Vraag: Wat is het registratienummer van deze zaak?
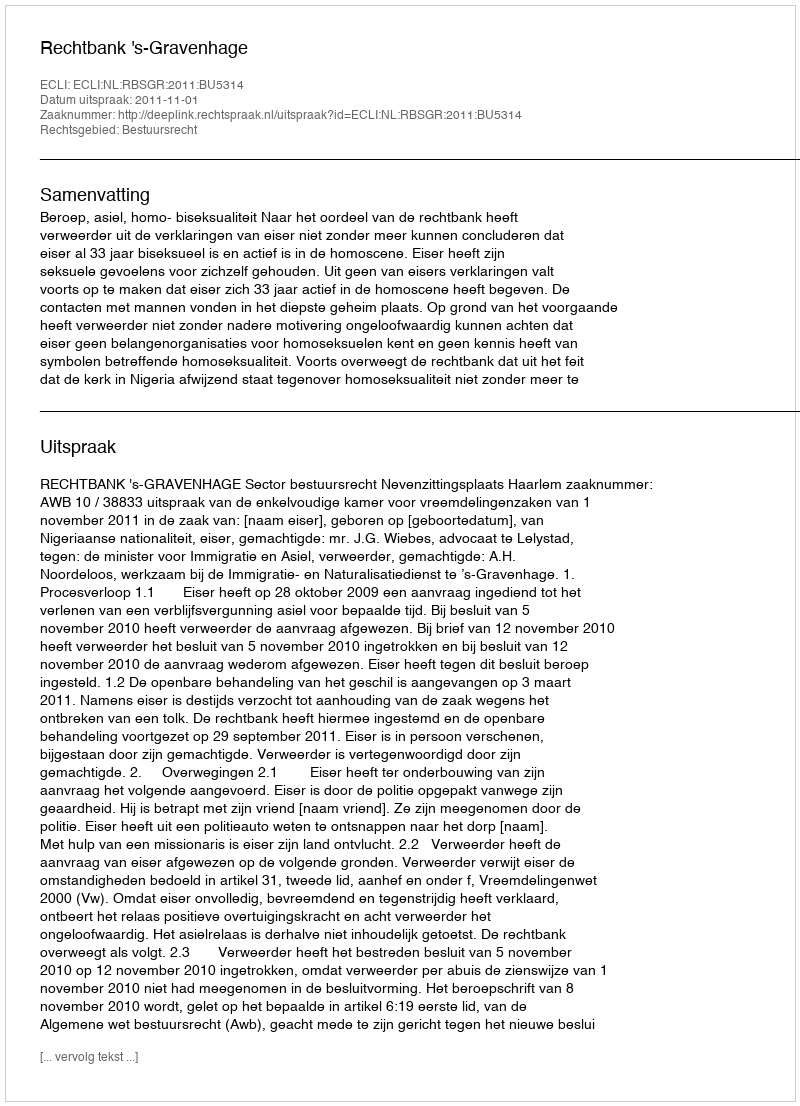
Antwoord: http://deeplink.rechtspraak.nl/uitspraak?id=ECLI:NL:RBSGR:2011:BU5314